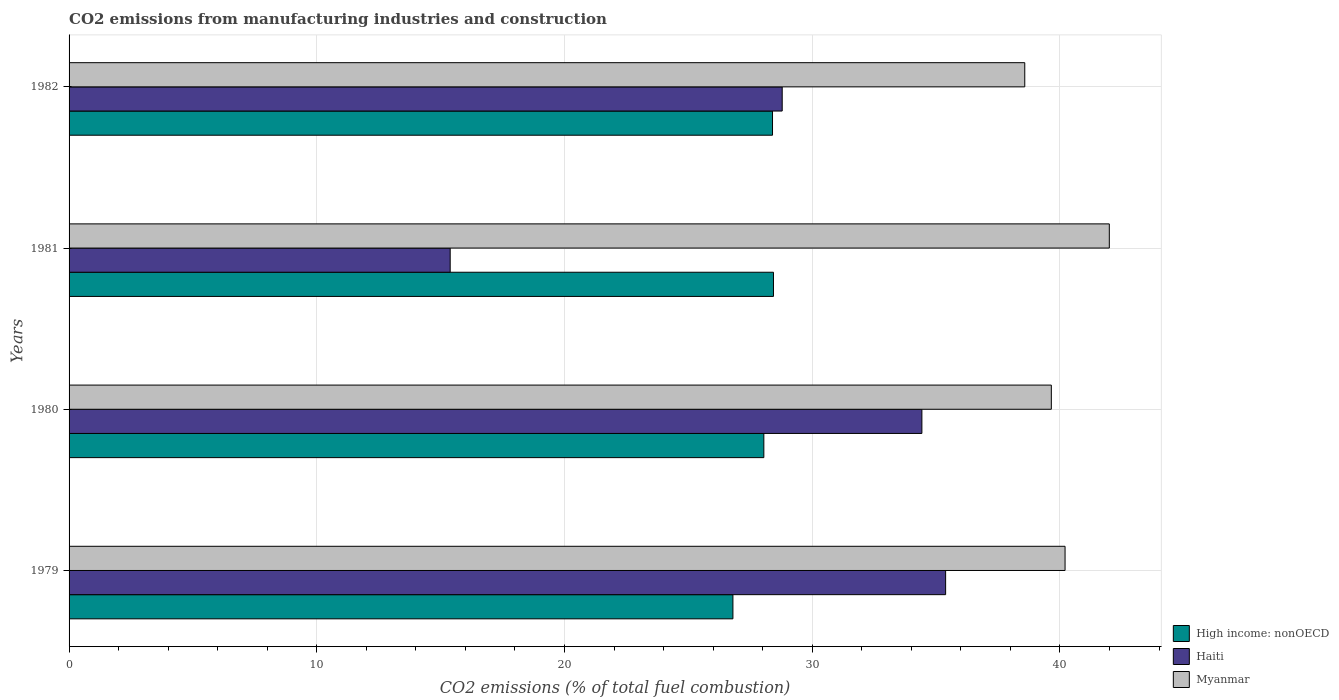
| Years | High income: nonOECD | Haiti | Myanmar |
 | --- | --- | --- | --- |
 | 1979 | 26.8 | 35.4 | 40.2 |
 | 1980 | 28 | 34.4 | 39.7 |
 | 1981 | 28.4 | 15.4 | 42 |
 | 1982 | 28.4 | 28.8 | 38.6 |